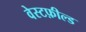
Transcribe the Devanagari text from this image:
वेस्टफ़ील्ड